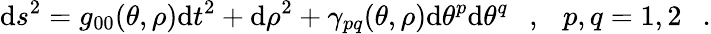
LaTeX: \mathrm{d}s^{2}=g_{00}(\theta,\rho)\mathrm{d}t^{2}+\mathrm{d}\rho^{2}+\gamma_{pq}(\theta,\rho)\mathrm{d}\theta^{p}\mathrm{d}\theta^{q}~~~,{}~~~p,q=1,2~~~.